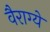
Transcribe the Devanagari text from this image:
वैराग्ये